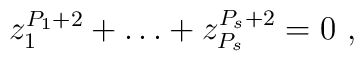
z_1^{P_1 +2} + \dots + z_{P_s}^{P_s + 2} = 0~,